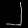
Digit: ၂